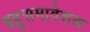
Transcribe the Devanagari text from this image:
बहुसमावेशक